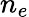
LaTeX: n_{e}